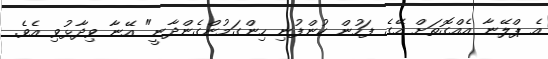
އެ ޕްލޭނާ އެއްގޮތަށް އޭގެ ފަހުން ކުންފުނި ހިންގަމުންގެންދާނީ" އޭނާ ވިދާޅުވި އެވެ.